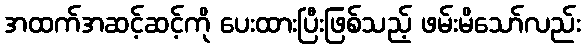
အထက်အဆင့်ဆင့်ကို ပေးထားပြီးဖြစ်သည့် ဖမ်းမိသော်လည်း